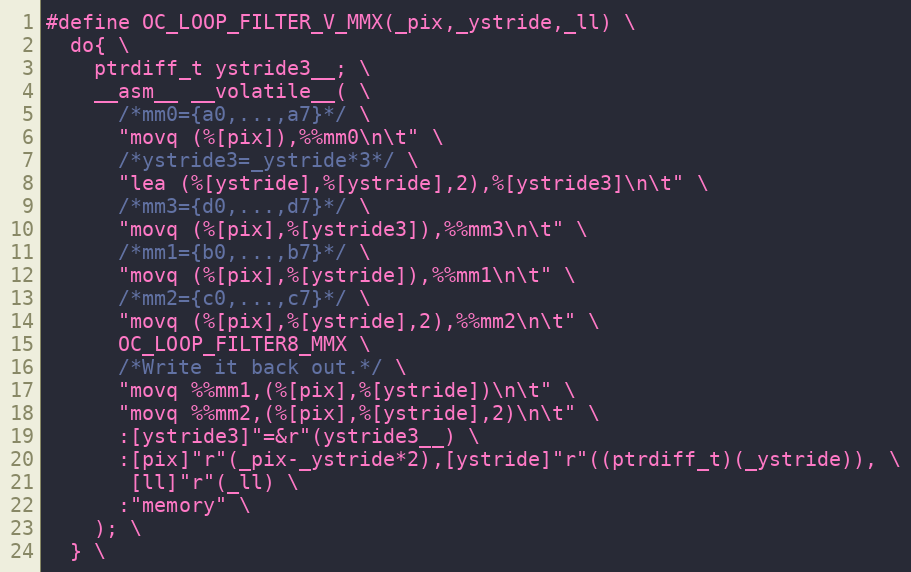
Language: C
#define OC_LOOP_FILTER_V_MMX(_pix,_ystride,_ll) \
  do{ \
    ptrdiff_t ystride3__; \
    __asm__ __volatile__( \
      /*mm0={a0,...,a7}*/ \
      "movq (%[pix]),%%mm0\n\t" \
      /*ystride3=_ystride*3*/ \
      "lea (%[ystride],%[ystride],2),%[ystride3]\n\t" \
      /*mm3={d0,...,d7}*/ \
      "movq (%[pix],%[ystride3]),%%mm3\n\t" \
      /*mm1={b0,...,b7}*/ \
      "movq (%[pix],%[ystride]),%%mm1\n\t" \
      /*mm2={c0,...,c7}*/ \
      "movq (%[pix],%[ystride],2),%%mm2\n\t" \
      OC_LOOP_FILTER8_MMX \
      /*Write it back out.*/ \
      "movq %%mm1,(%[pix],%[ystride])\n\t" \
      "movq %%mm2,(%[pix],%[ystride],2)\n\t" \
      :[ystride3]"=&r"(ystride3__) \
      :[pix]"r"(_pix-_ystride*2),[ystride]"r"((ptrdiff_t)(_ystride)), \
       [ll]"r"(_ll) \
      :"memory" \
    ); \
  } \